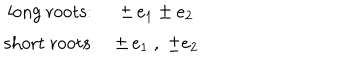
\begin{array} { c c } { { \mathrm { l o n g ~ r o o t s : } } } & { { \pm \, e _ { 1 } \pm e _ { 2 } } } \\ { { \mathrm { s h o r t ~ r o o t s : } } } & { { \pm \, e _ { 1 } ~ , \; \pm e _ { 2 } } } \\ \end{array}